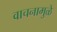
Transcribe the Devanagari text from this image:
वाचनामुळे